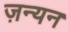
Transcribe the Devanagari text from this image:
ज़न्यन